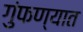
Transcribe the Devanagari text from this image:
गुंफण्यात